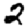
Digit: 2